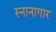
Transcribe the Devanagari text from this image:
स्‍नानागार